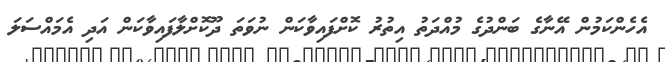
އެހެންކަމުން އޭނާގެ ބަންދުގެ މުއްދަތު އިތުރު ކޮށްފައިވާކަން ނުވަތަ ދޫކޮށްލާފައިވާކަން އަދި އެމައްސަލަ